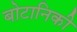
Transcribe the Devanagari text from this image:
बोटानिकी